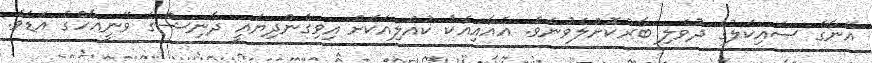
އޭނާގެ ސައިކަލުގެ ދުވެލި ބާރުކޮށްލެވުނެވެ. އެއާއިއެކު ކުއްލިއަކަށް އިވިގެންދިޔައީ ދާނިޝްގެ ވޭނީއާހްގެ އަޑެވެ.